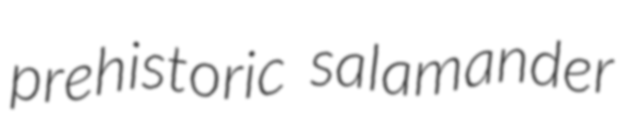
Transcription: prehistoric salamander